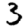
Digit: 3